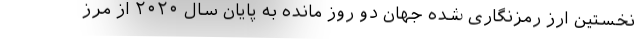
نخستین ارز رمزنگاری شده جهان دو روز مانده به پایان سال ۲۰۲۰ از مرز